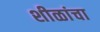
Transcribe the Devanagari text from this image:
शीळांचा